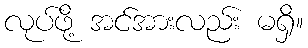
လုပ်ဖို့ အင်အားလည်း မရှိ။